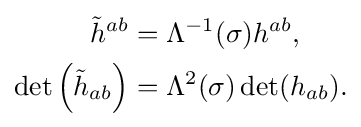
{\begin{aligned}{\tilde {h}}^{ab}&=\Lambda ^{-1}(\sigma )h^{ab},\\\operatorname {det} \left({\tilde {h}}_{ab}\right)&=\Lambda ^{2}(\sigma )\operatorname {det} (h_{ab}).\end{aligned}}